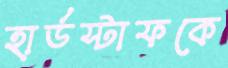
হার্ডস্টাফকে